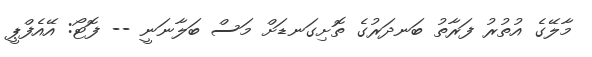
މާލޭގެ އުތުރު ފަރާތު ބަނދަރުގެ ތޮށިގަނޑަށް މަސް ބަލާނަނީ -- ފޮޓޯ: އޭއެފްޕީ